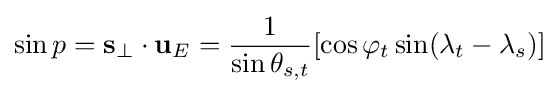
\sin p=\mathbf {s} _{\perp }\cdot \mathbf {u} _{E}={\frac {1}{\sin \theta _{s,t}}}[\cos \varphi _{t}\sin(\lambda _{t}-\lambda _{s})]